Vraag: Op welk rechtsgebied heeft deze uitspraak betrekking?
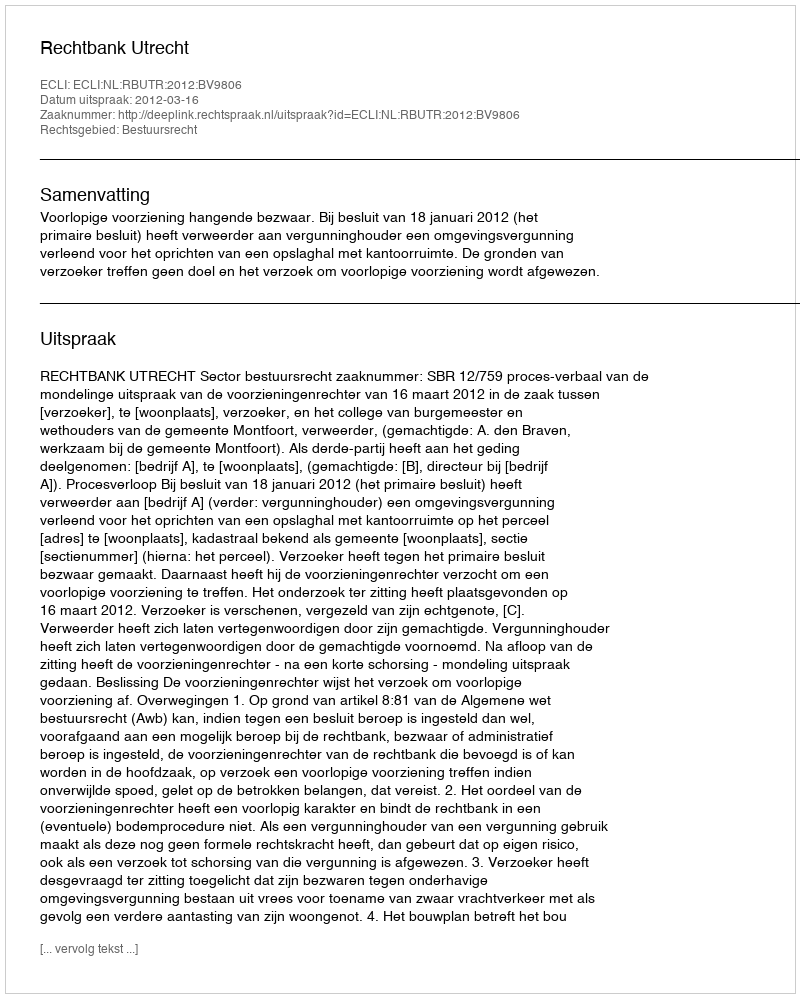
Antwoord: Bestuursrecht